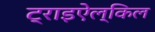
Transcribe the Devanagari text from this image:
ट्राइऐल्किल